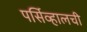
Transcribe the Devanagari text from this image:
पर्सिव्हालची